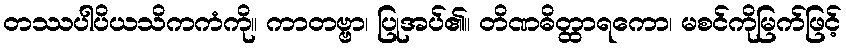
တဿပါပိယသိကကံကို။ ကာတဗ္ဗာ၊ ပြုအပ်၏။ တိဏဓိတ္ထာရကော၊ မစင်ကိုမြက်ဖြင့်